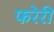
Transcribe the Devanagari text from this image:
फरेरी